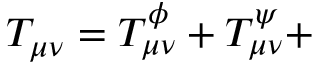
T _ { \mu \nu } = T _ { \mu \nu } ^ { \phi } + T _ { \mu \nu } ^ { \psi } +